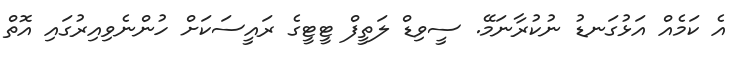
އެ ކަމެއް އަޅުގަނޑު ނުކުރާނަމޭ. ސީވިޑް ލަތީފް ޓީޓީގެ ރައީސަކަށް ހުންނެވިއިރުގައި އޮތް